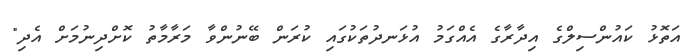
އަތޮޅު ކައުންސިލްގެ އިދާރާގެ އެއްގަމު އުޅަނދުތަކުގައި ކުރަން ބޭނުންވާ މަރާމާތު ކޮށްދިނުމަށް އެދި"